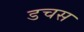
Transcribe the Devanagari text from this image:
डचस